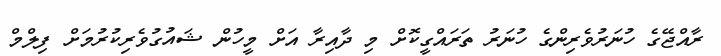
ރާއްޖޭގެ ހުނަރުވެރިންގެ ހުނަރު ތަރައްގީކޮށް މި ދާއިރާ އަށް މީހުން ޝައުގުވެރިކުރުމަށް ފިލްމް